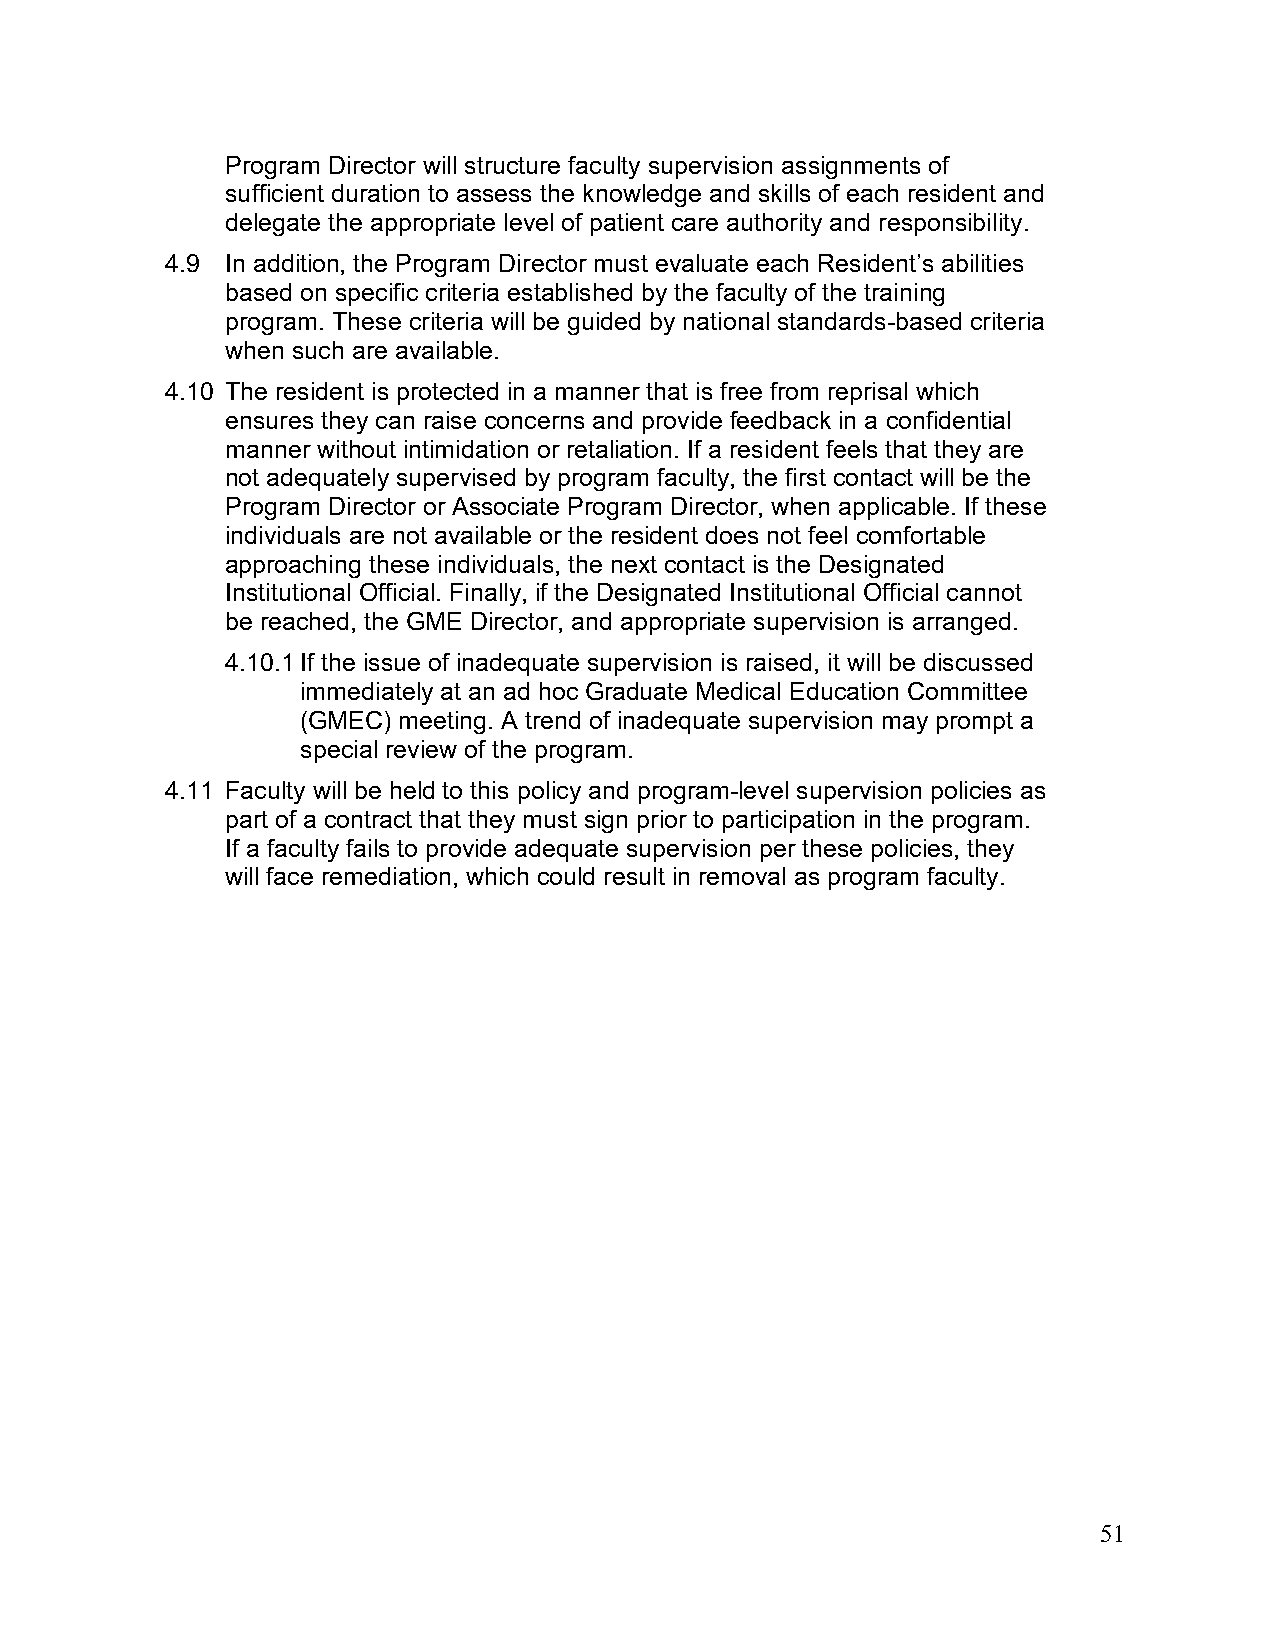
Program Director will structure faculty supervision assignments of
 sufficient duration to assess the knowledge and skills of each resident and
 delegate the appropriate level of patient care authority and responsibility.
 4.9 In addition, the Program Director must evaluate each Resident’s abilities
 based on specific criteria established by the faculty of the training
 program. These criteria will be guided by national standards-based criteria
 when such are available.
 4.10 The resident is protected in a manner that is free from reprisal which
 ensures they can raise concerns and provide feedback in a confidential
 manner without intimidation or retaliation. If a resident feels that they are
 not adequately supervised by program faculty, the first contact will be the
 Program Director or Associate Program Director, when applicable. If these
 individuals are not available or the resident does not feel comfortable
 approaching these individuals, the next contact is the Designated
 Institutional Official. Finally, if the Designated Institutional Official cannot
 be reached, the GME Director, and appropriate supervision is arranged.
 4.10.1 If the issue of inadequate supervision is raised, it will be discussed
 immediately at an ad hoc Graduate Medical Education Committee
 (GMEC) meeting. A trend of inadequate supervision may prompt a
 special review of the program.
 4.11 Faculty will be held to this policy and program-level supervision policies as
 part of a contract that they must sign prior to participation in the program.
 If a faculty fails to provide adequate supervision per these policies, they
 will face remediation, which could result in removal as program faculty.
 51